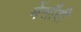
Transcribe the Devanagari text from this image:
मेंसौदी